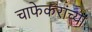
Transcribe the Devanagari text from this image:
चाफेकरांच्या